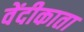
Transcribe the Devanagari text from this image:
वेंदीकाता